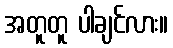
အတူတူ ပါချင်လား။